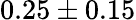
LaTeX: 0.25\pm 0.15